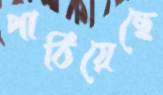
পাঠিয়েছে